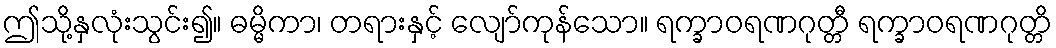
ဤသို့နှလုံးသွင်း၍။ ဓမ္မိကာ၊ တရားနှင့် လျော်ကုန်သော။ ရက္ခာဝရဏဂုတ္တီ ရက္ခာဝရဏဂုတ္တိ